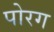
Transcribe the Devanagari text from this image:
पोरग